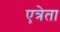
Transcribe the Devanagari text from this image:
एत्रेता